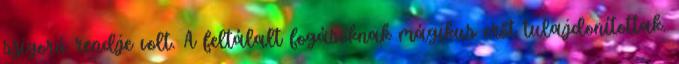
szigorú rendje volt. A feltálalt fogásoknak mágikus erőt tulajdonítottak.